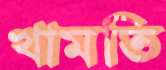
খামতি